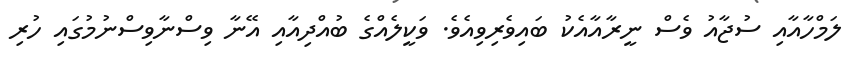
ލަމްހާއާއި ސުޖާއު ވެސް ނީރާއާއެކު ބައިވެރިވިއެވެ. ވަކީލެއްގެ ބުއްދިއާއި އޭނާ ވިސްނާވިސްނުމުގައި ހުރި